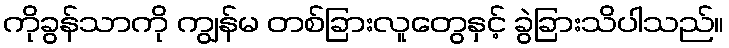
ကိုခွန်သာကို ကျွန်မ တစ်ခြားလူတွေနှင့် ခွဲခြားသိပါသည်။